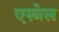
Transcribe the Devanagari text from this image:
एस्त्रेल